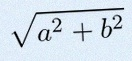
\sqrt{a^2+b^2}